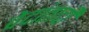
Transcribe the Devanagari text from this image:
वेदांतादी